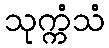
သုက္ကံသံ